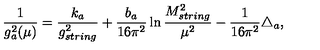
\frac { 1 } { g _ { a } ^ { 2 } ( \mu ) } = \frac { k _ { a } } { g _ { s t r i n g } ^ { 2 } } + \frac { b _ { a } } { 1 6 \pi ^ { 2 } } \ln \frac { M _ { s t r i n g } ^ { 2 } } { \mu ^ { 2 } } - \frac { 1 } { 1 6 \pi ^ { 2 } } \triangle _ { a } ,